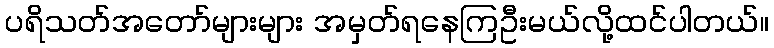
ပရိသတ်အတော်များများ အမှတ်ရနေကြဦးမယ်လို့ထင်ပါတယ်။